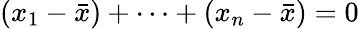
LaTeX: (x_{1}-{\bar{x}})+\dotsb+(x_{n}-{\bar{x}})=0